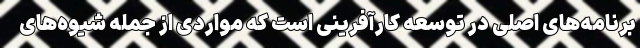
برنامه‌های اصلی در توسعه کارآفرینی است که مواردی از جمله شیوه‌های